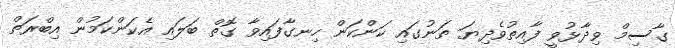
ގާސިމް ވިދާޅުވީ ފާއިތުވެދިޔަ ތަނުގައި ކަންކަން ހިނގާފައިވާ ގޮތް ބަލައި އެކަންކަމުން އިބްރަތް